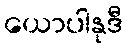
ယောပါနုဒီ